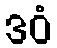
ဒဝံ